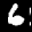
Label: 6